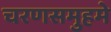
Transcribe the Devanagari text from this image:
चरणसमुहमे